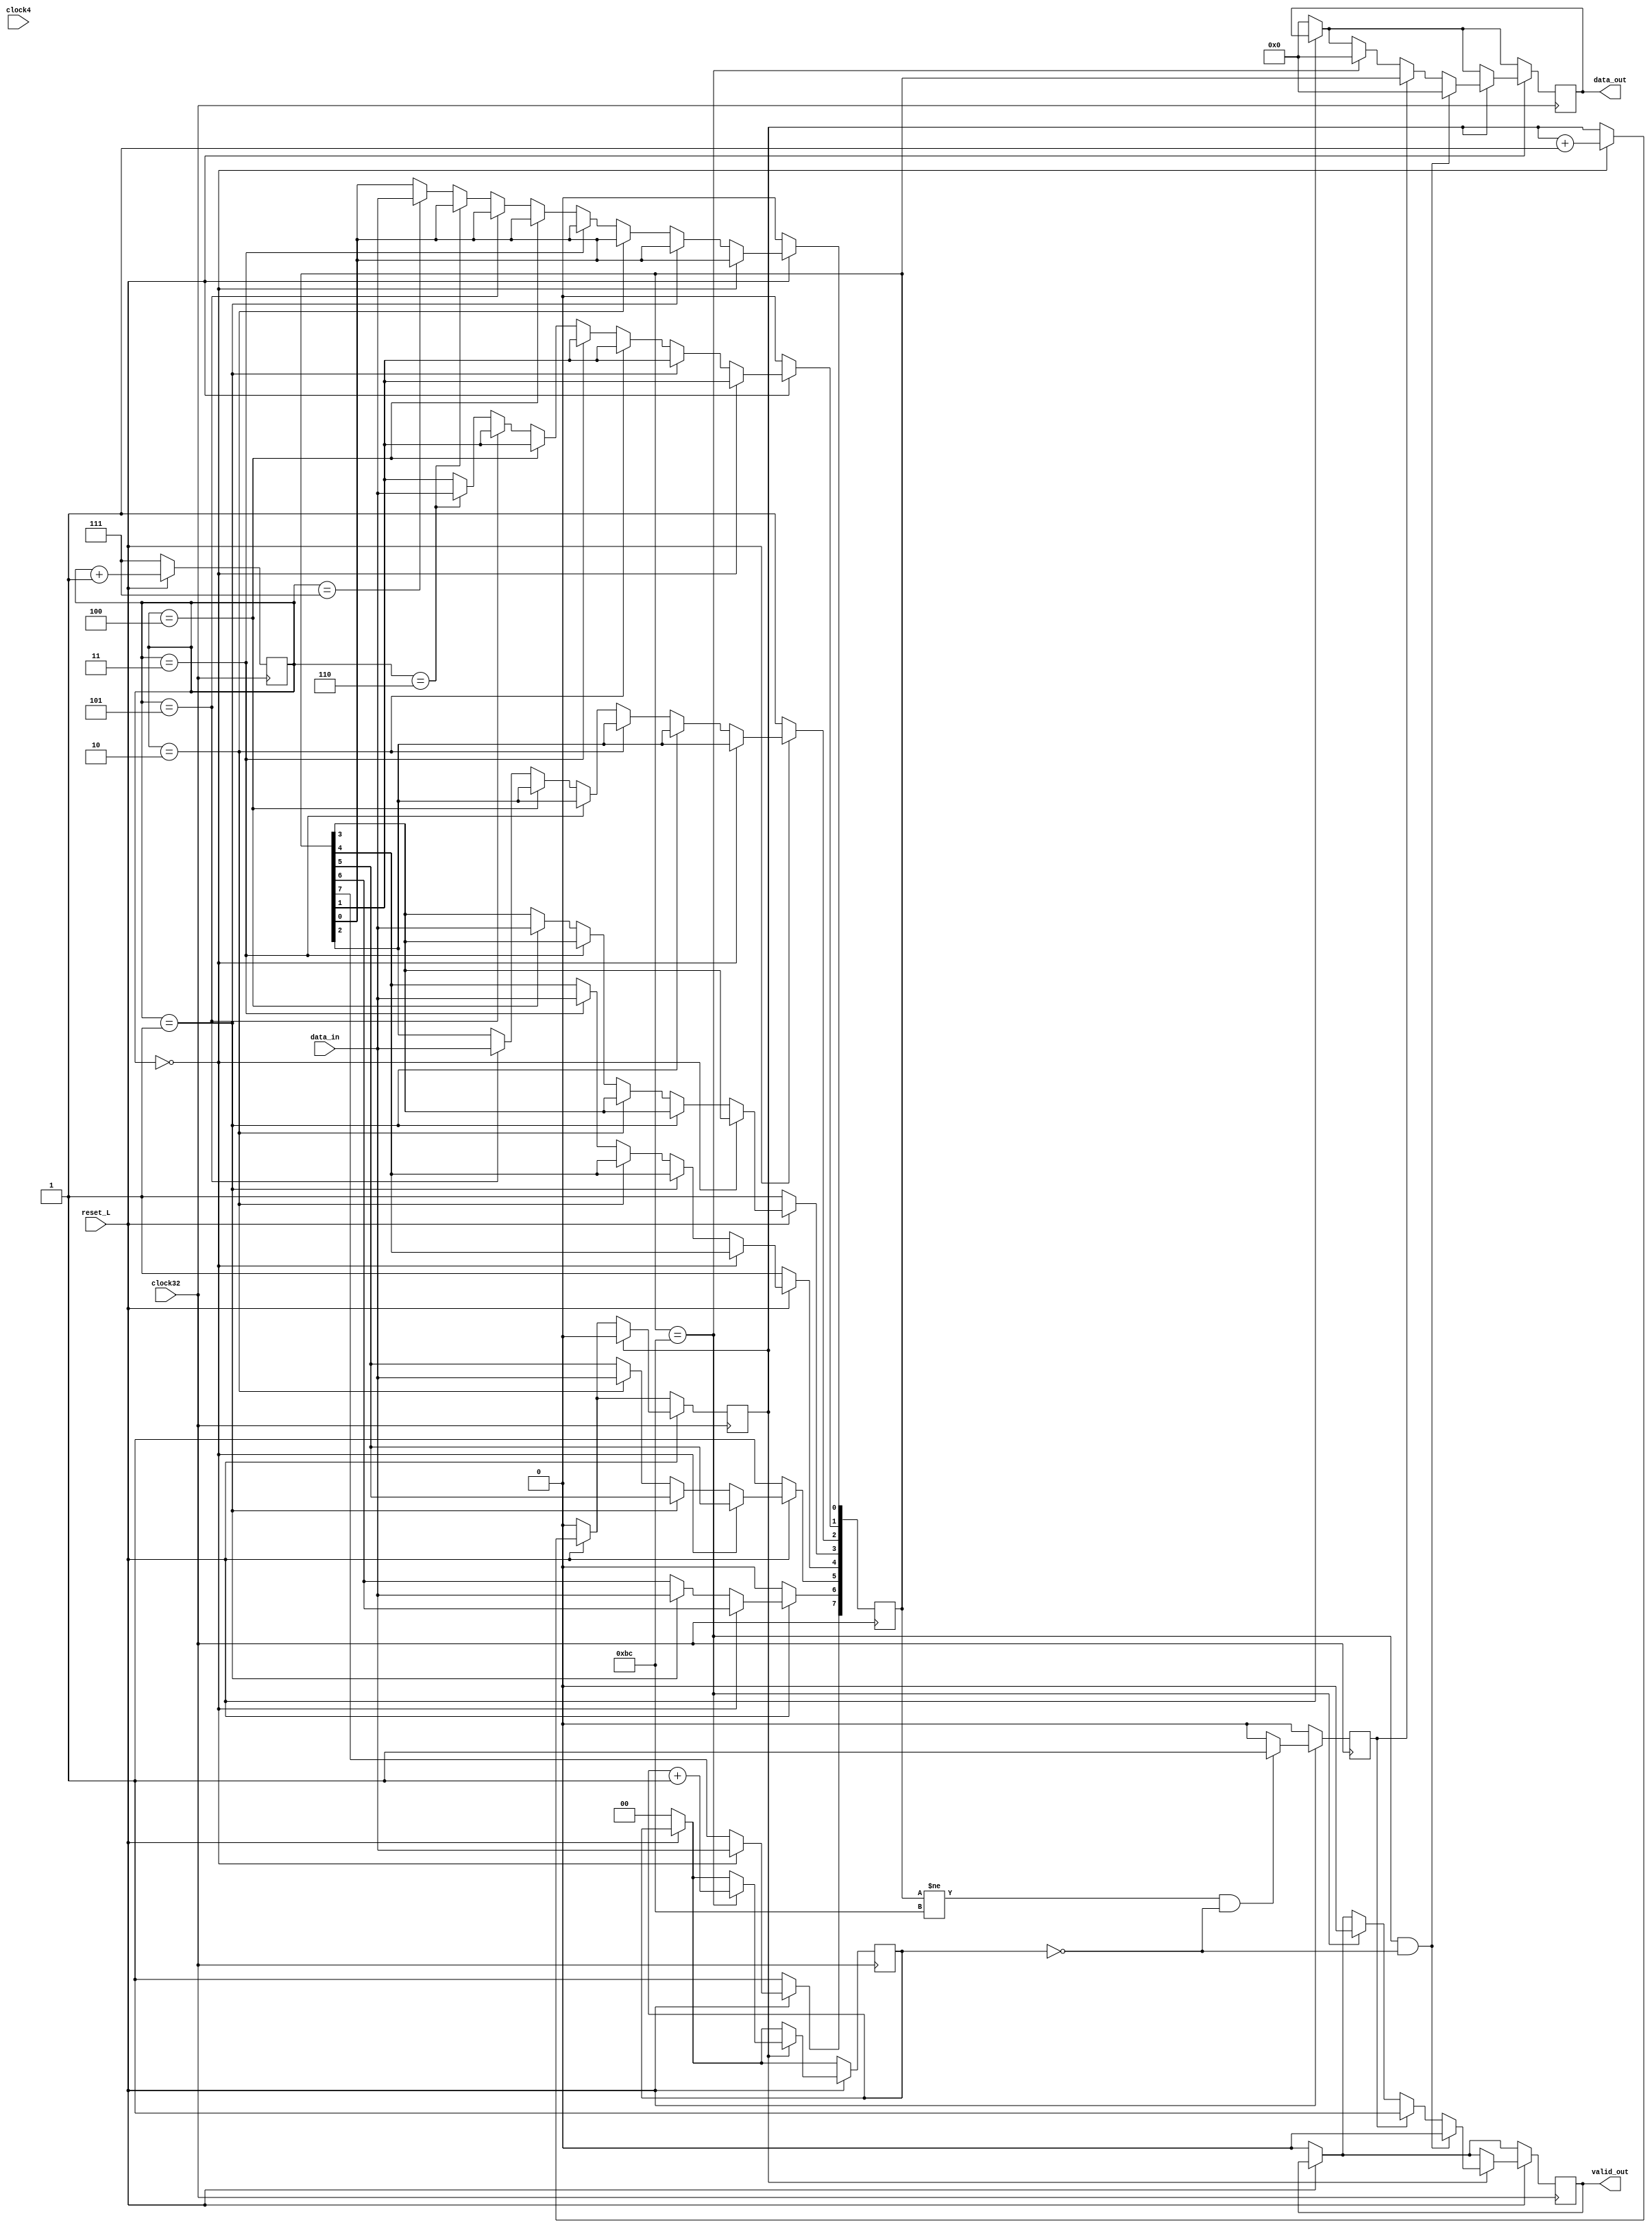
  module serial_paralelo1(
			 input 		  data_in,clock32,clock4,reset_L,
			 output reg [7:0] data_out,
			 output reg   valid_out
          );
   reg [7:0]   bus;
   reg [2:0]   counter;
   reg [1:0]   counterBC;
   reg         active,counter0,bClock32;
always @(posedge clock32) begin
   if(reset_L==0) begin
      data_out<=0;
      valid_out<=0;
      bus<='hBC;
      counter<=7;
      counter0<=0;
      counterBC<=0;
      active<=0;
   end else begin
      if (counter == 0) begin
         bus[7] <= data_in;
         counter0 <= counter0 + 1;
      end else if (counter == 1) begin
         bus[6] <= data_in;
      end else if (counter == 2) begin
         bus[5] <= data_in;
      end else if (counter == 3) begin
         bus[4] <= data_in;
      end else if (counter == 4) begin
         bus[3] <= data_in; //primeros 8bits
      end else if (counter == 5) begin
         bus[2] <= data_in;
      end else if (counter == 6) begin
         bus[1] <= data_in;
      end else if (counter == 7) begin
         bus[0] <= data_in;
      end
      counter <= counter +1'b1;
      if (bus!=8'b10111100 & counterBC==0) begin
         active<=1;
      end else begin
         active<=0;
      end
   end
   if (reset_L) begin
      if(counter0) begin
         if(bus==8'b10111100) begin
            counterBC<=counterBC+1;
            data_out<='h00;
            valid_out<=0;
         end 
         if (bus==8'b10111100 & counterBC == 0) begin
            data_out<='h00;
            valid_out<=0;
         end else if(active==1) begin
            data_out<=bus;
            valid_out<=1;
         end
         counter0<=0;
      end
   end
end

endmodule // paralelo-serie